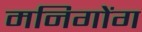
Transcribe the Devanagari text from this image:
मनिगोंग